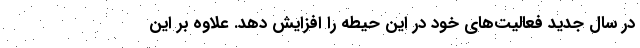
در سال جدید فعالیت‌های خود در این حیطه را افزایش دهد. علاوه بر این